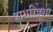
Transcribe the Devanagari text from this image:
हाथरिक्शा